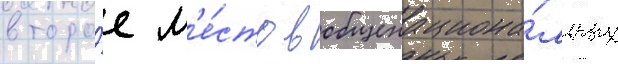
второ́е м'е́сто в общенациона́льных